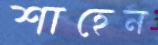
শাহেন